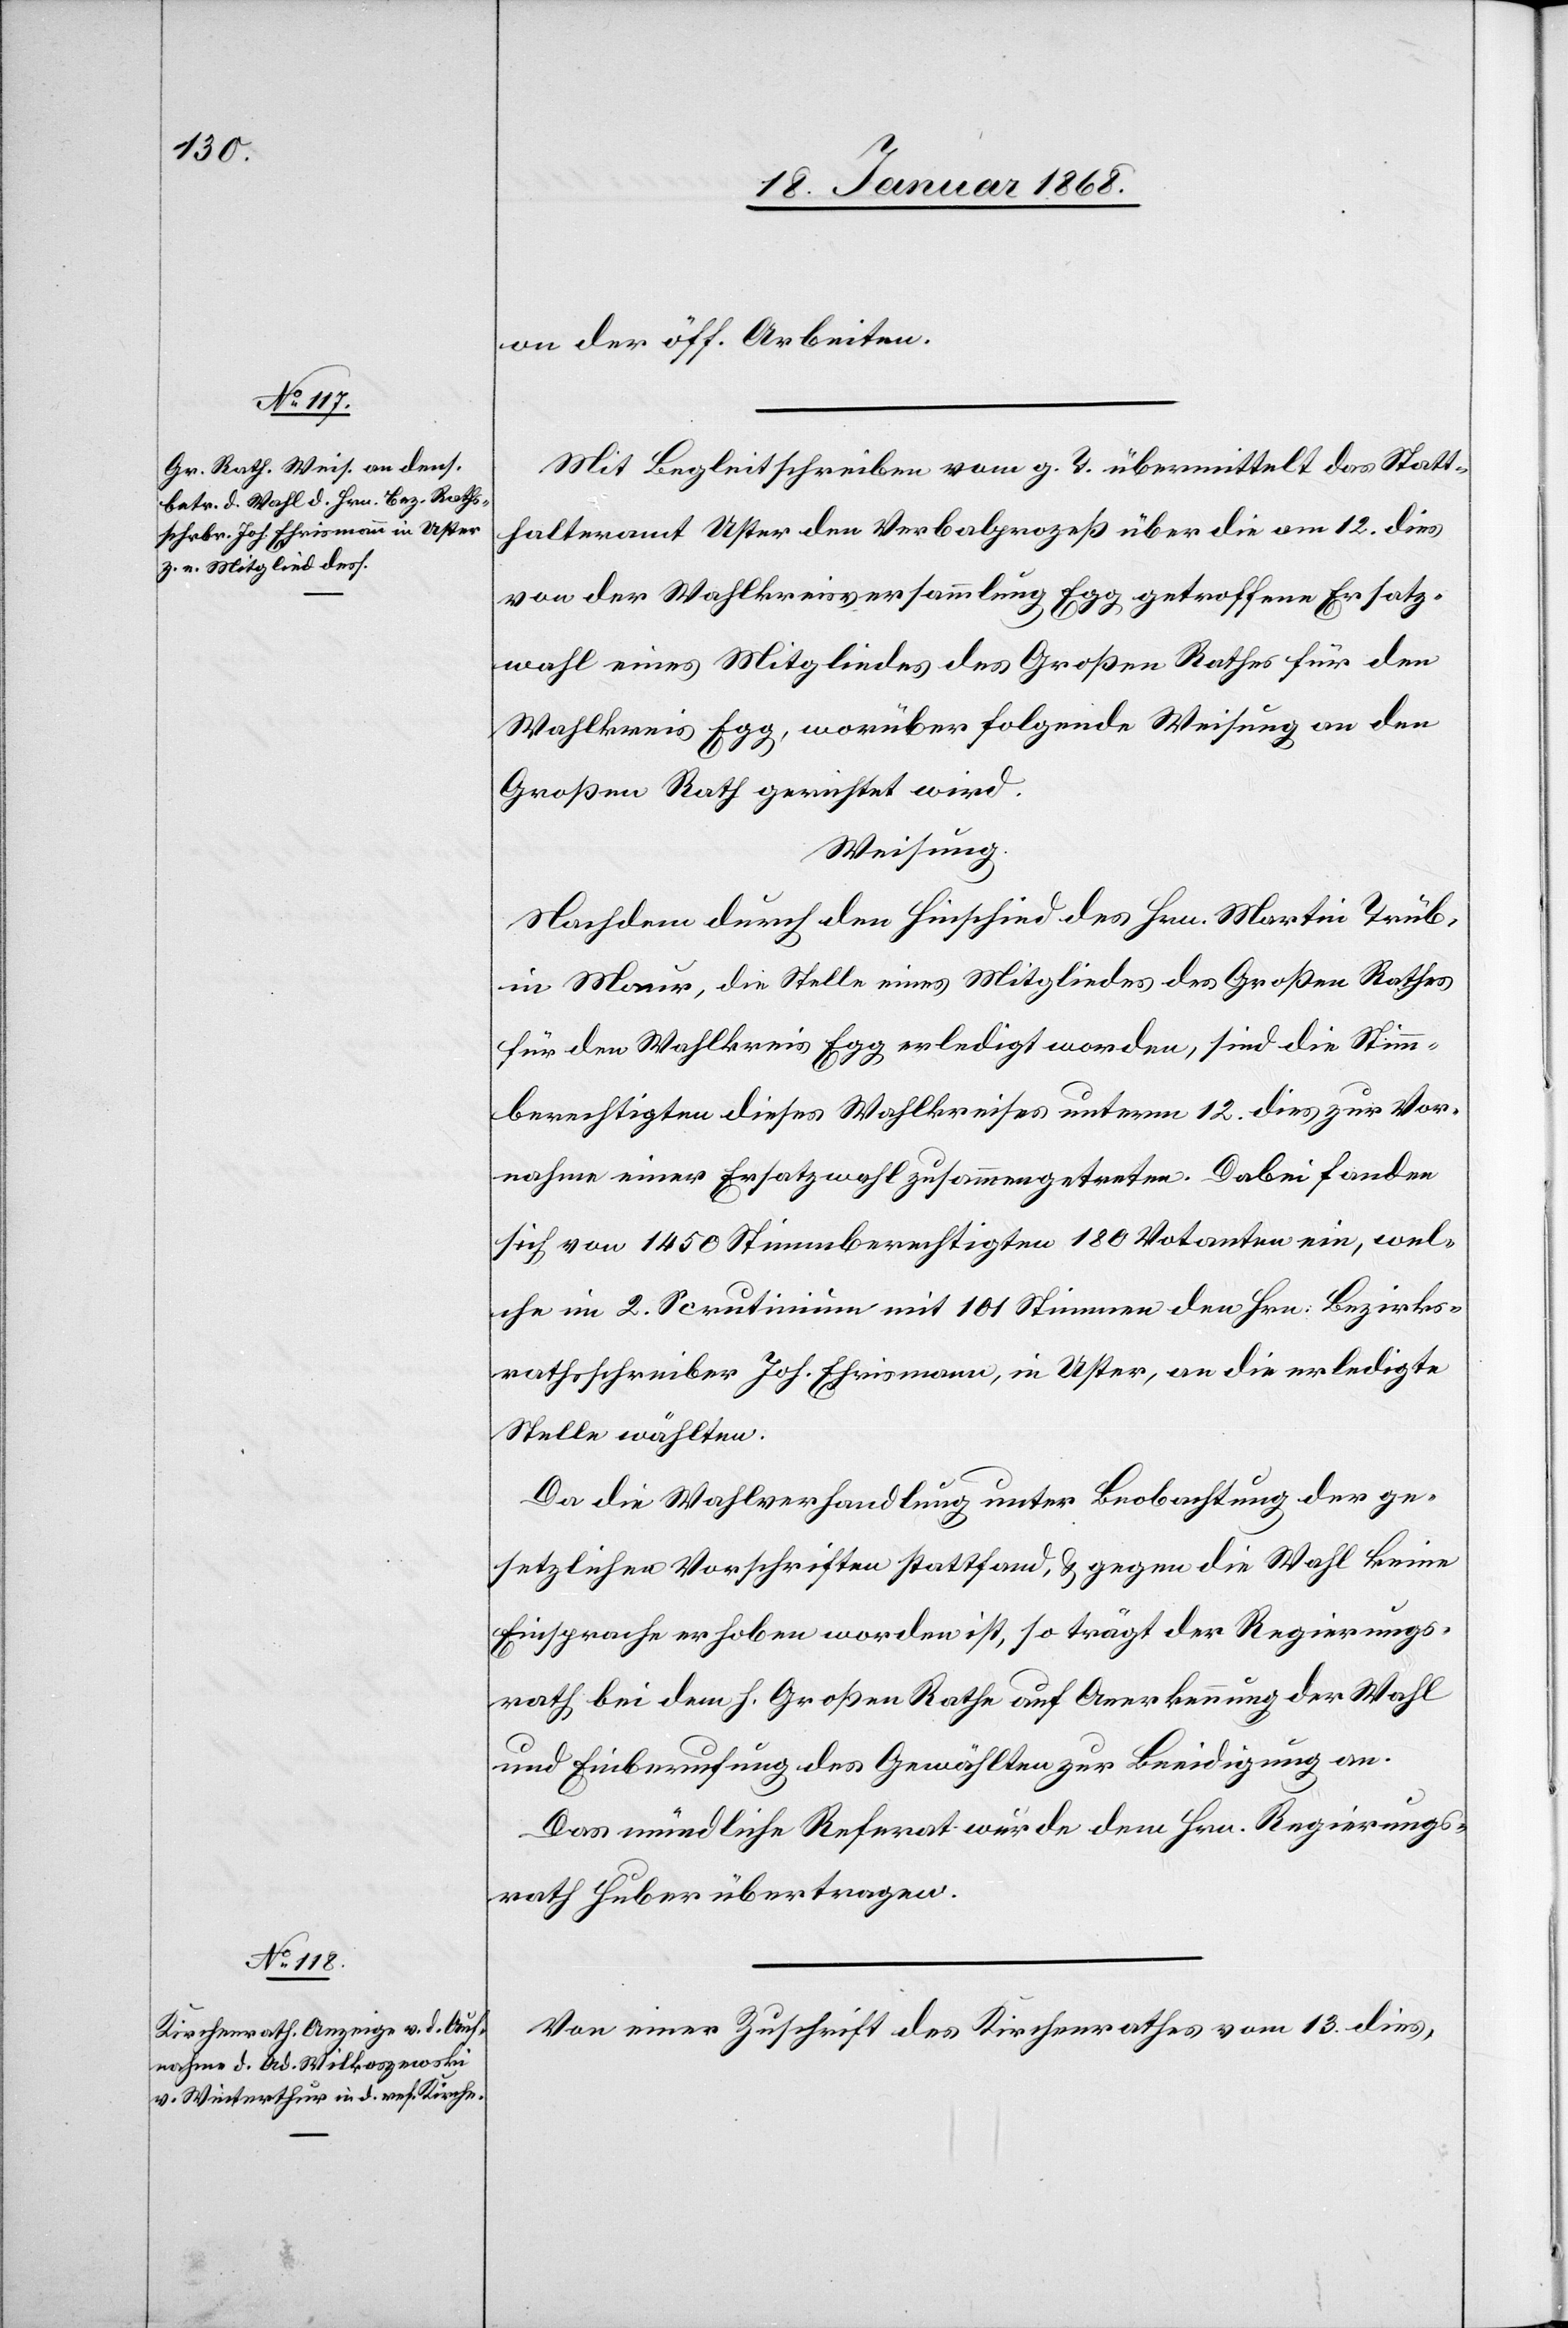
on der öff. Arbeiten.
Mit Begleitschreiben vom g. T. übermittelt das Statt¬
halteramt Uster den Verbalprozeß über die am 12. dies
von der Wahlkreisversammlung Egg getroffene Ersatz¬
wahl eines Mitgliedes des Großen Rathes für den
Wahlkreis Egg, worüber folgende Weisung an den
Großen Rath gerichtet wird.
Weisung.
Nachdem durch den Hinschied des Hrn. Martin Trüb,
in Maur, die Stelle eines Mitgliedes des Großen Rathes
für den Wahlkreis Egg erledigt worden, sind die Stimm¬
berechtigten dieses Wahlkreises unterm 12. dies zur Vor¬
nahme einer Ersatzwahl zusammengetreten. Dabei fanden
sich von 1450 Stimmberechtigten 180 Votanten ein, wel¬
che im 2. Scrutinium mit 101 Stimmen den Hrn: Bezirks¬
rathsschreiber Joh. Ehrismann, in Uster, an die erledigte
Stelle wählten.
Da die Wahlverhandlung unter Beobachtung der ge¬
setzlichen Vorschriften stattfand, & gegen die Wahl keine
Einsprache erhoben worden ist, so trägt der Regierungs¬
rath bei dem h. Großen Rathe auf Anerkennung der Wahl
und Einberufung des Gewählten zur Beeidigung an.
Das mündliche Referat wurde dem Hrn. Regierungs¬
rath Huber übertragen.
Von einer Zuschrift des Kirchenrathes vom 13. dies,